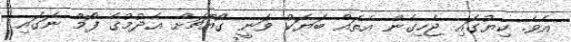
އެވެ. ކިޔުގައި ޖެހިގެން އެތައް ބަޔަކު ވަނީ ގޯއްޗަށް އެދުމުގެ ފޯމް ނަގައި